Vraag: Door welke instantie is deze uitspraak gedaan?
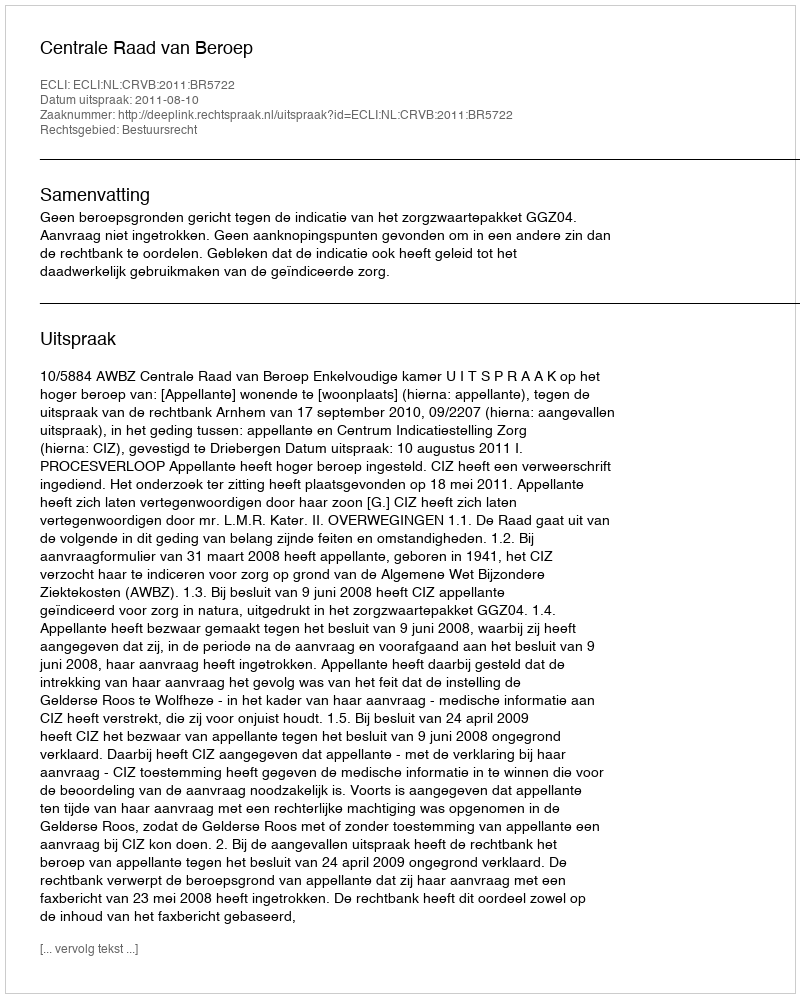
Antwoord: Centrale Raad van Beroep